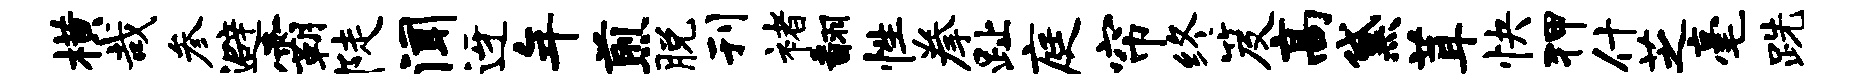
横哉参避霸陡闻迓年煎脱刊褚翻性拳趾庭帘终笈高黛茸快狎什芝毫跣